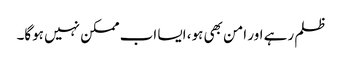
ظلم رہے اور امن بھی ہو، ایسا اب ممکن نہیں ہوگا۔